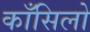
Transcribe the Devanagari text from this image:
काँसिलो